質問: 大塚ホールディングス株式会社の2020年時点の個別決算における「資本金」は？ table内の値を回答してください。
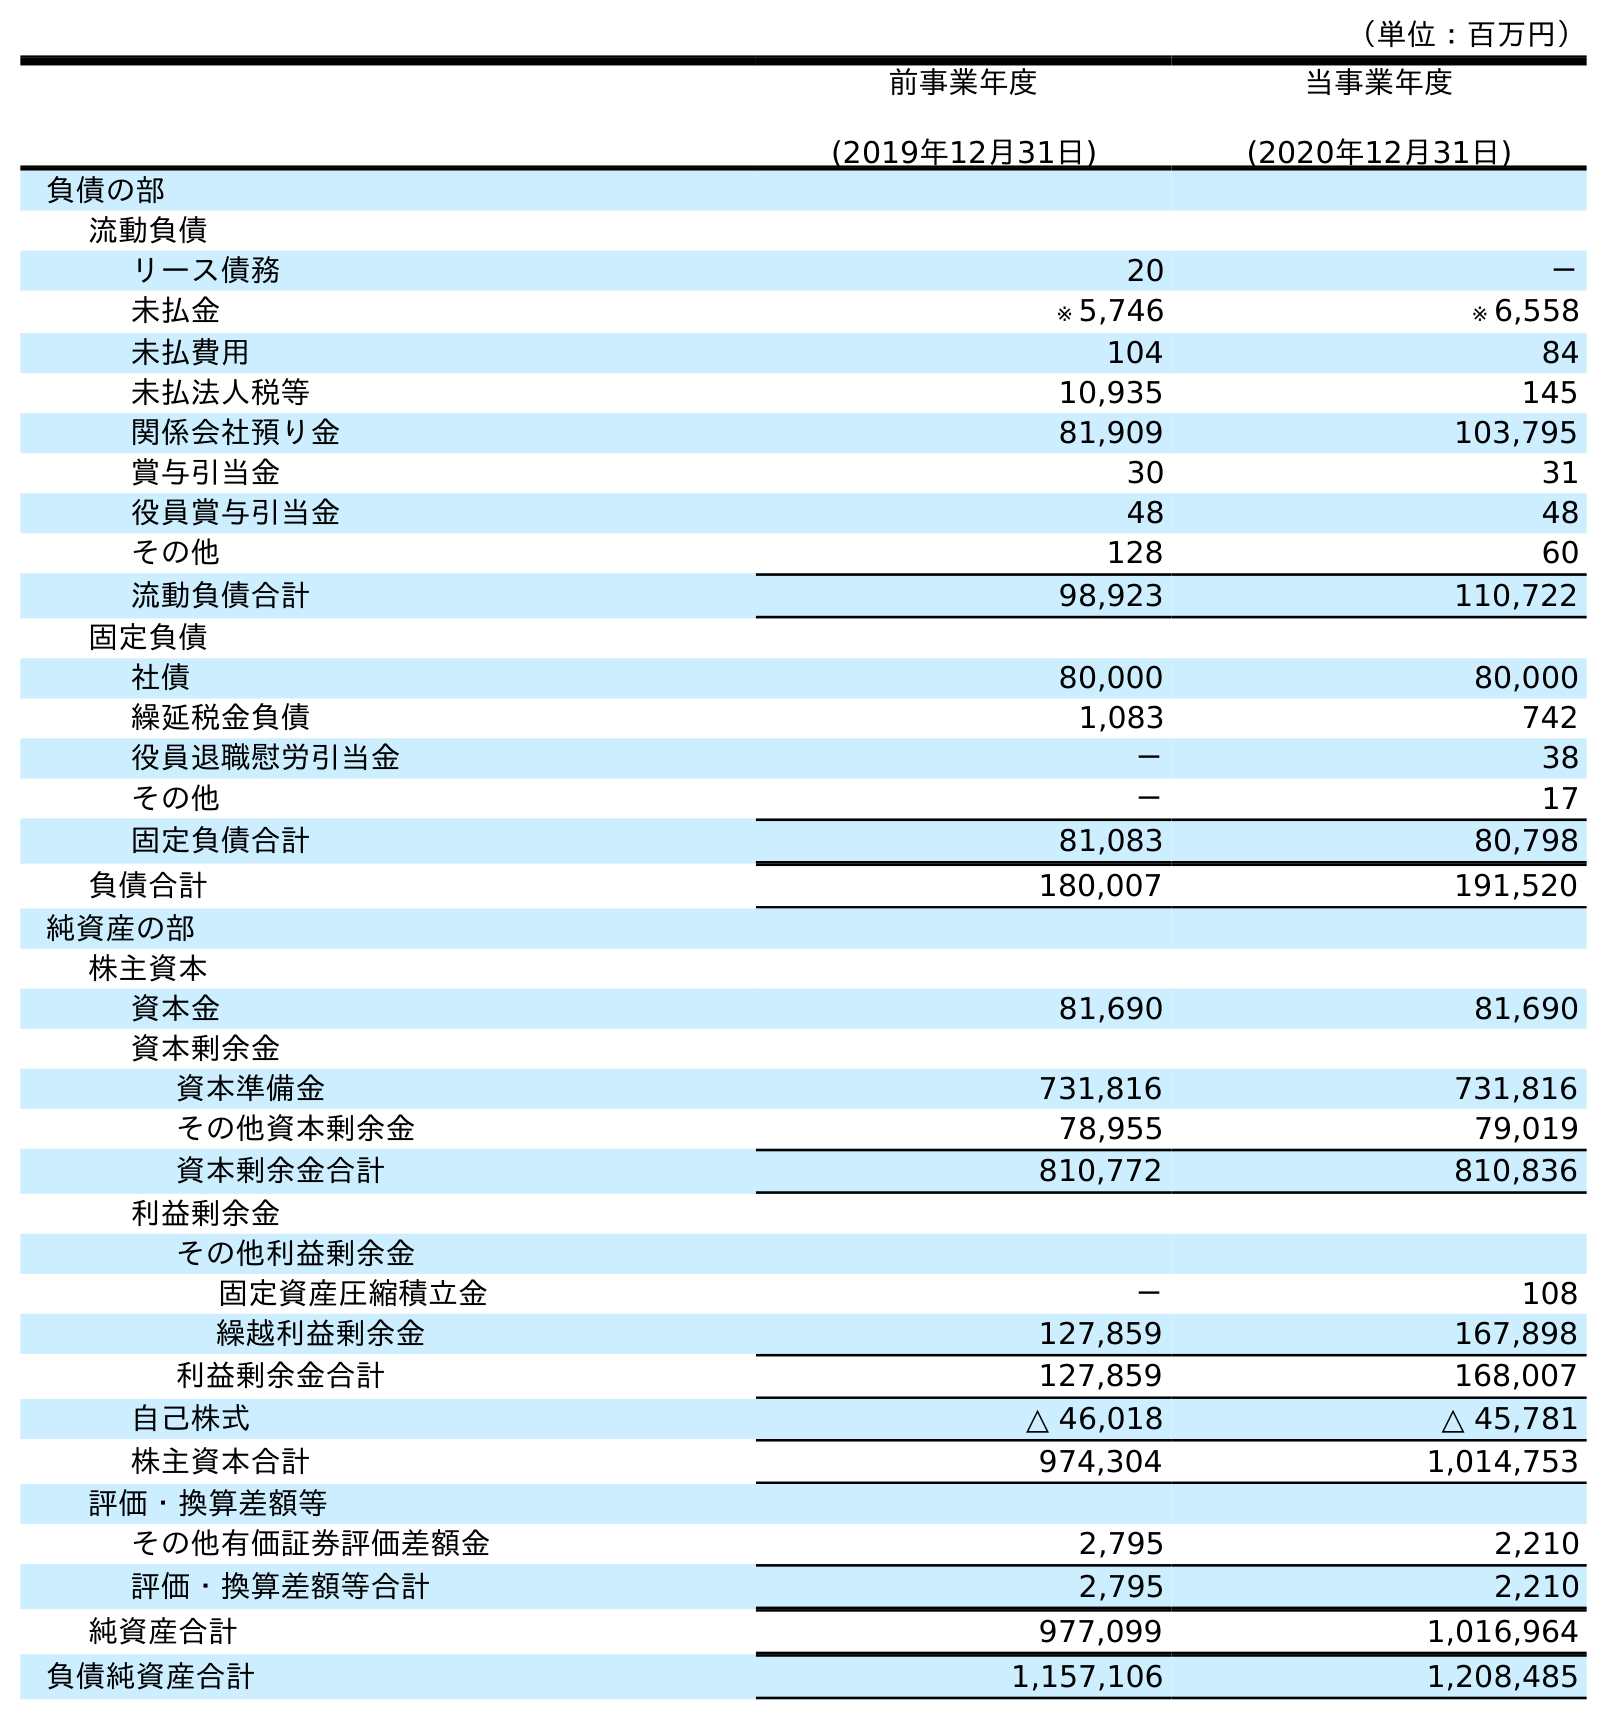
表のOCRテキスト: （単位：百万円） 前事業年度 (2019年12月31日) 当事業年度 (2020年12月31日) 負債の部 流動負債 リース債務 20 － 未払金 ※ 5,746 ※ 6,558 未払費用 104 84 未払法人税等 10,935 145 関係会社預り金 81,909 103,795 賞与引当金 30 31 役員賞与引当金 48 48 その他 128 60 流動負債合計 98,923 110,722 固定負債 社債 80,000 80,000 繰延税金負債 1,083 742 役員退職慰労引当金 － 38 その他 － 17 固定負債合計 81,083 80,798 負債合計 180,007 191,520 純資産の部 株主資本 資本金 81,690 81,690 資本剰余金 資本準備金 731,816 731,816 その他資本剰余金 78,955 79,019 資本剰余金合計 810,772 810,836 利益剰余金 その他利益剰余金 固定資産圧縮積立金 － 108 繰越利益剰余金 127,859 167,898 利益剰余金合計 127,859 168,007 自己株式 △ 46,018 △ 45,781 株主資本合計 974,304 1,014,753 評価・換算差額等 その他有価証券評価差額金 2,795 2,210 評価・換算差額等合計 2,795 2,210 純資産合計 977,099 1,016,964 負債純資産合計 1,157,106 1,208,485
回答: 81,690